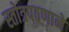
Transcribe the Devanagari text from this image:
स्तोत्रपठणाने